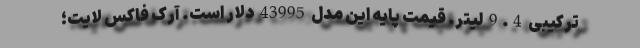
ترکیبی 9.4 لیتر. قیمت پایه این مدل 43995 دلار است. آرک فاکس لایت؛